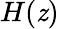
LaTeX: H(\mathit{z})